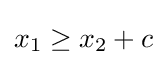
x_{1}\geq x_{2}+c